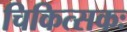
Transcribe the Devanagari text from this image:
चिकित्सकः